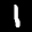
Label: 1